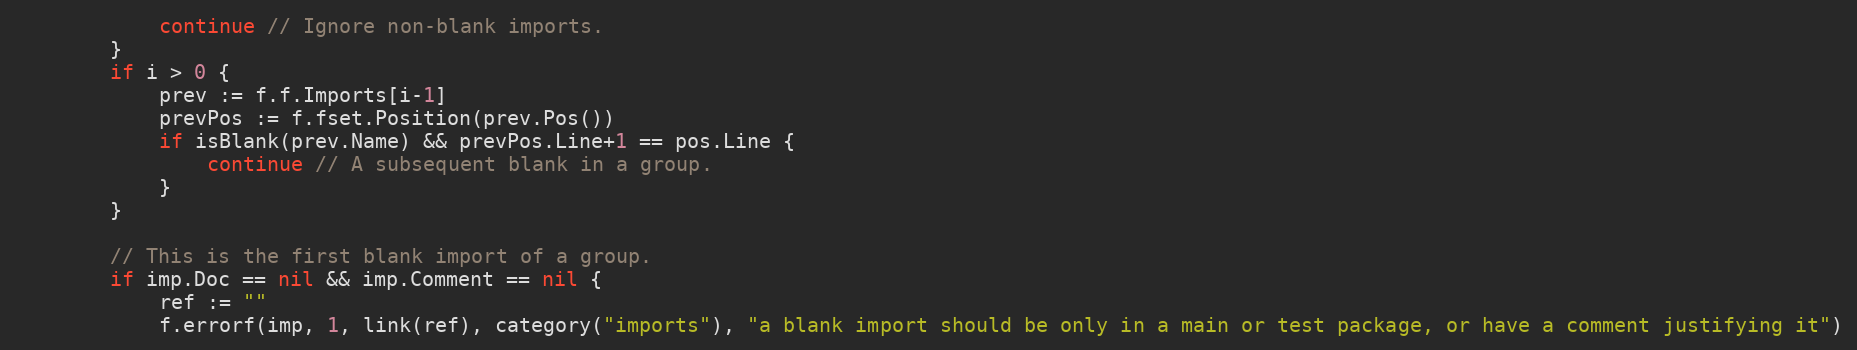
Language: Go
			continue // Ignore non-blank imports.
		}
		if i > 0 {
			prev := f.f.Imports[i-1]
			prevPos := f.fset.Position(prev.Pos())
			if isBlank(prev.Name) && prevPos.Line+1 == pos.Line {
				continue // A subsequent blank in a group.
			}
		}

		// This is the first blank import of a group.
		if imp.Doc == nil && imp.Comment == nil {
			ref := ""
			f.errorf(imp, 1, link(ref), category("imports"), "a blank import should be only in a main or test package, or have a comment justifying it")